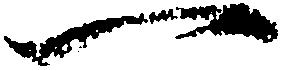
一